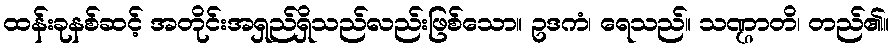
ထန်းခုနစ်ဆင့် အတိုင်းအရှည်ရှိသည်လည်းဖြစ်သော။ ဥဒကံ၊ ရေသည်။ သဏ္ဌာတိ၊ တည်၏။